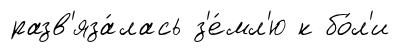
разв'яза́лась з'е́мл'ю к бо́л'и